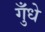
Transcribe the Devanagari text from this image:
गुँधे